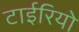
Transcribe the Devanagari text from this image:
टाईरियो